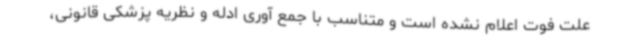
علت فوت اعلام نشده است و متناسب با جمع آوری ادله و نظریه پزشکی قانونی،